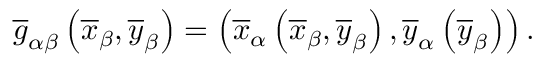
{ \overline { { g } } } _ { \alpha \beta } \left( { \overline { { x } } } _ { \beta } , { \overline { { y } } } _ { \beta } \right) = \left( { \overline { { x } } } _ { \alpha } \left( { \overline { { x } } } _ { \beta } , { \overline { { y } } } _ { \beta } \right) , { \overline { { y } } } _ { \alpha } \left( { \overline { { y } } } _ { \beta } \right) \right) .